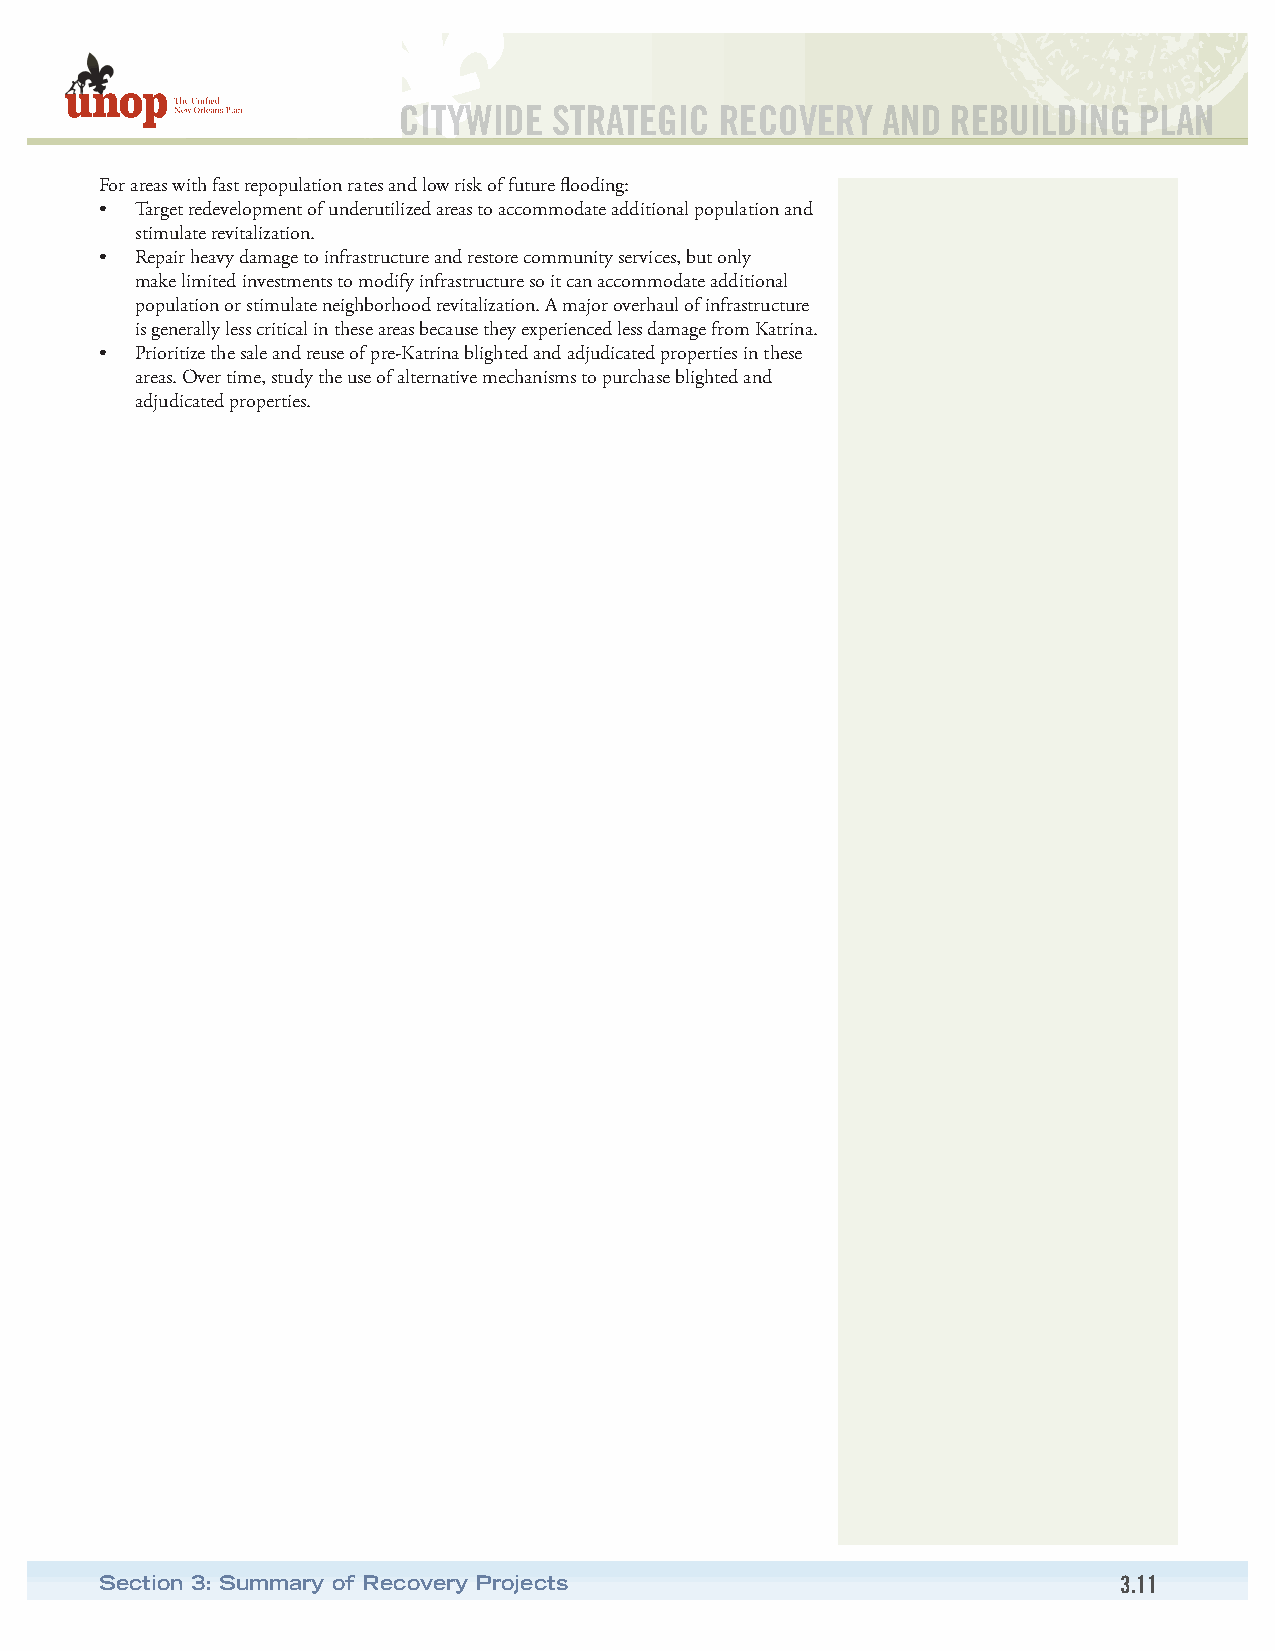
CITYWIDE   STRATEGIC  RECOVERY  AND  REBUILDING  PLAN
 For areas with fast repopulation rates and low risk of future flooding:
 • Target redevelopment of underutilized areas to accommodate additional population and
 stimulate revitalization.
 • Repair heavy damage to infrastructure and restore community services, but only
 make limited investments to modify infrastructure so it can accommodate additional
 population or stimulate neighborhood revitalization. A major overhaul of infrastructure
 is generally less critical in these areas because they experienced less damage from Katrina.
 • Prioritize the sale and reuse of pre-Katrina blighted and adjudicated properties in these
 areas. Over time, study the use of alternative mechanisms to purchase blighted and
 adjudicated properties.
 Section 3: Summary of Recovery Projects                            3.11